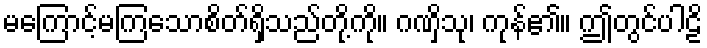
မကြောင့်မကြသောစိတ်ရှိသည်တို့ကို။ ဂဏှိသု၊ ကုန်၏။ ဤတွင်ပါဠိ